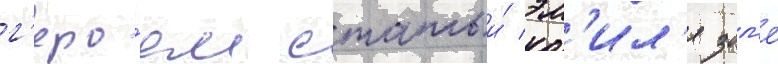
г'еро́ем статьи́ эм'ил'я зол'я